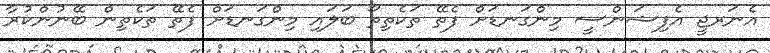
އެނަރޖީ އެފިޝަންސީ މިންގަނޑަށް ފެތޭ ތަކެތިތޯ ބަލައި މިންގަނޑަށް ފެތޭ ތަކެތިން ބޭނުންކުރާ